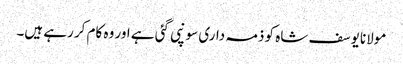
مولانا یوسف شاہ کو ذمہ داری سونپی گئی ہے اور وہ کام کر رہے ہیں۔